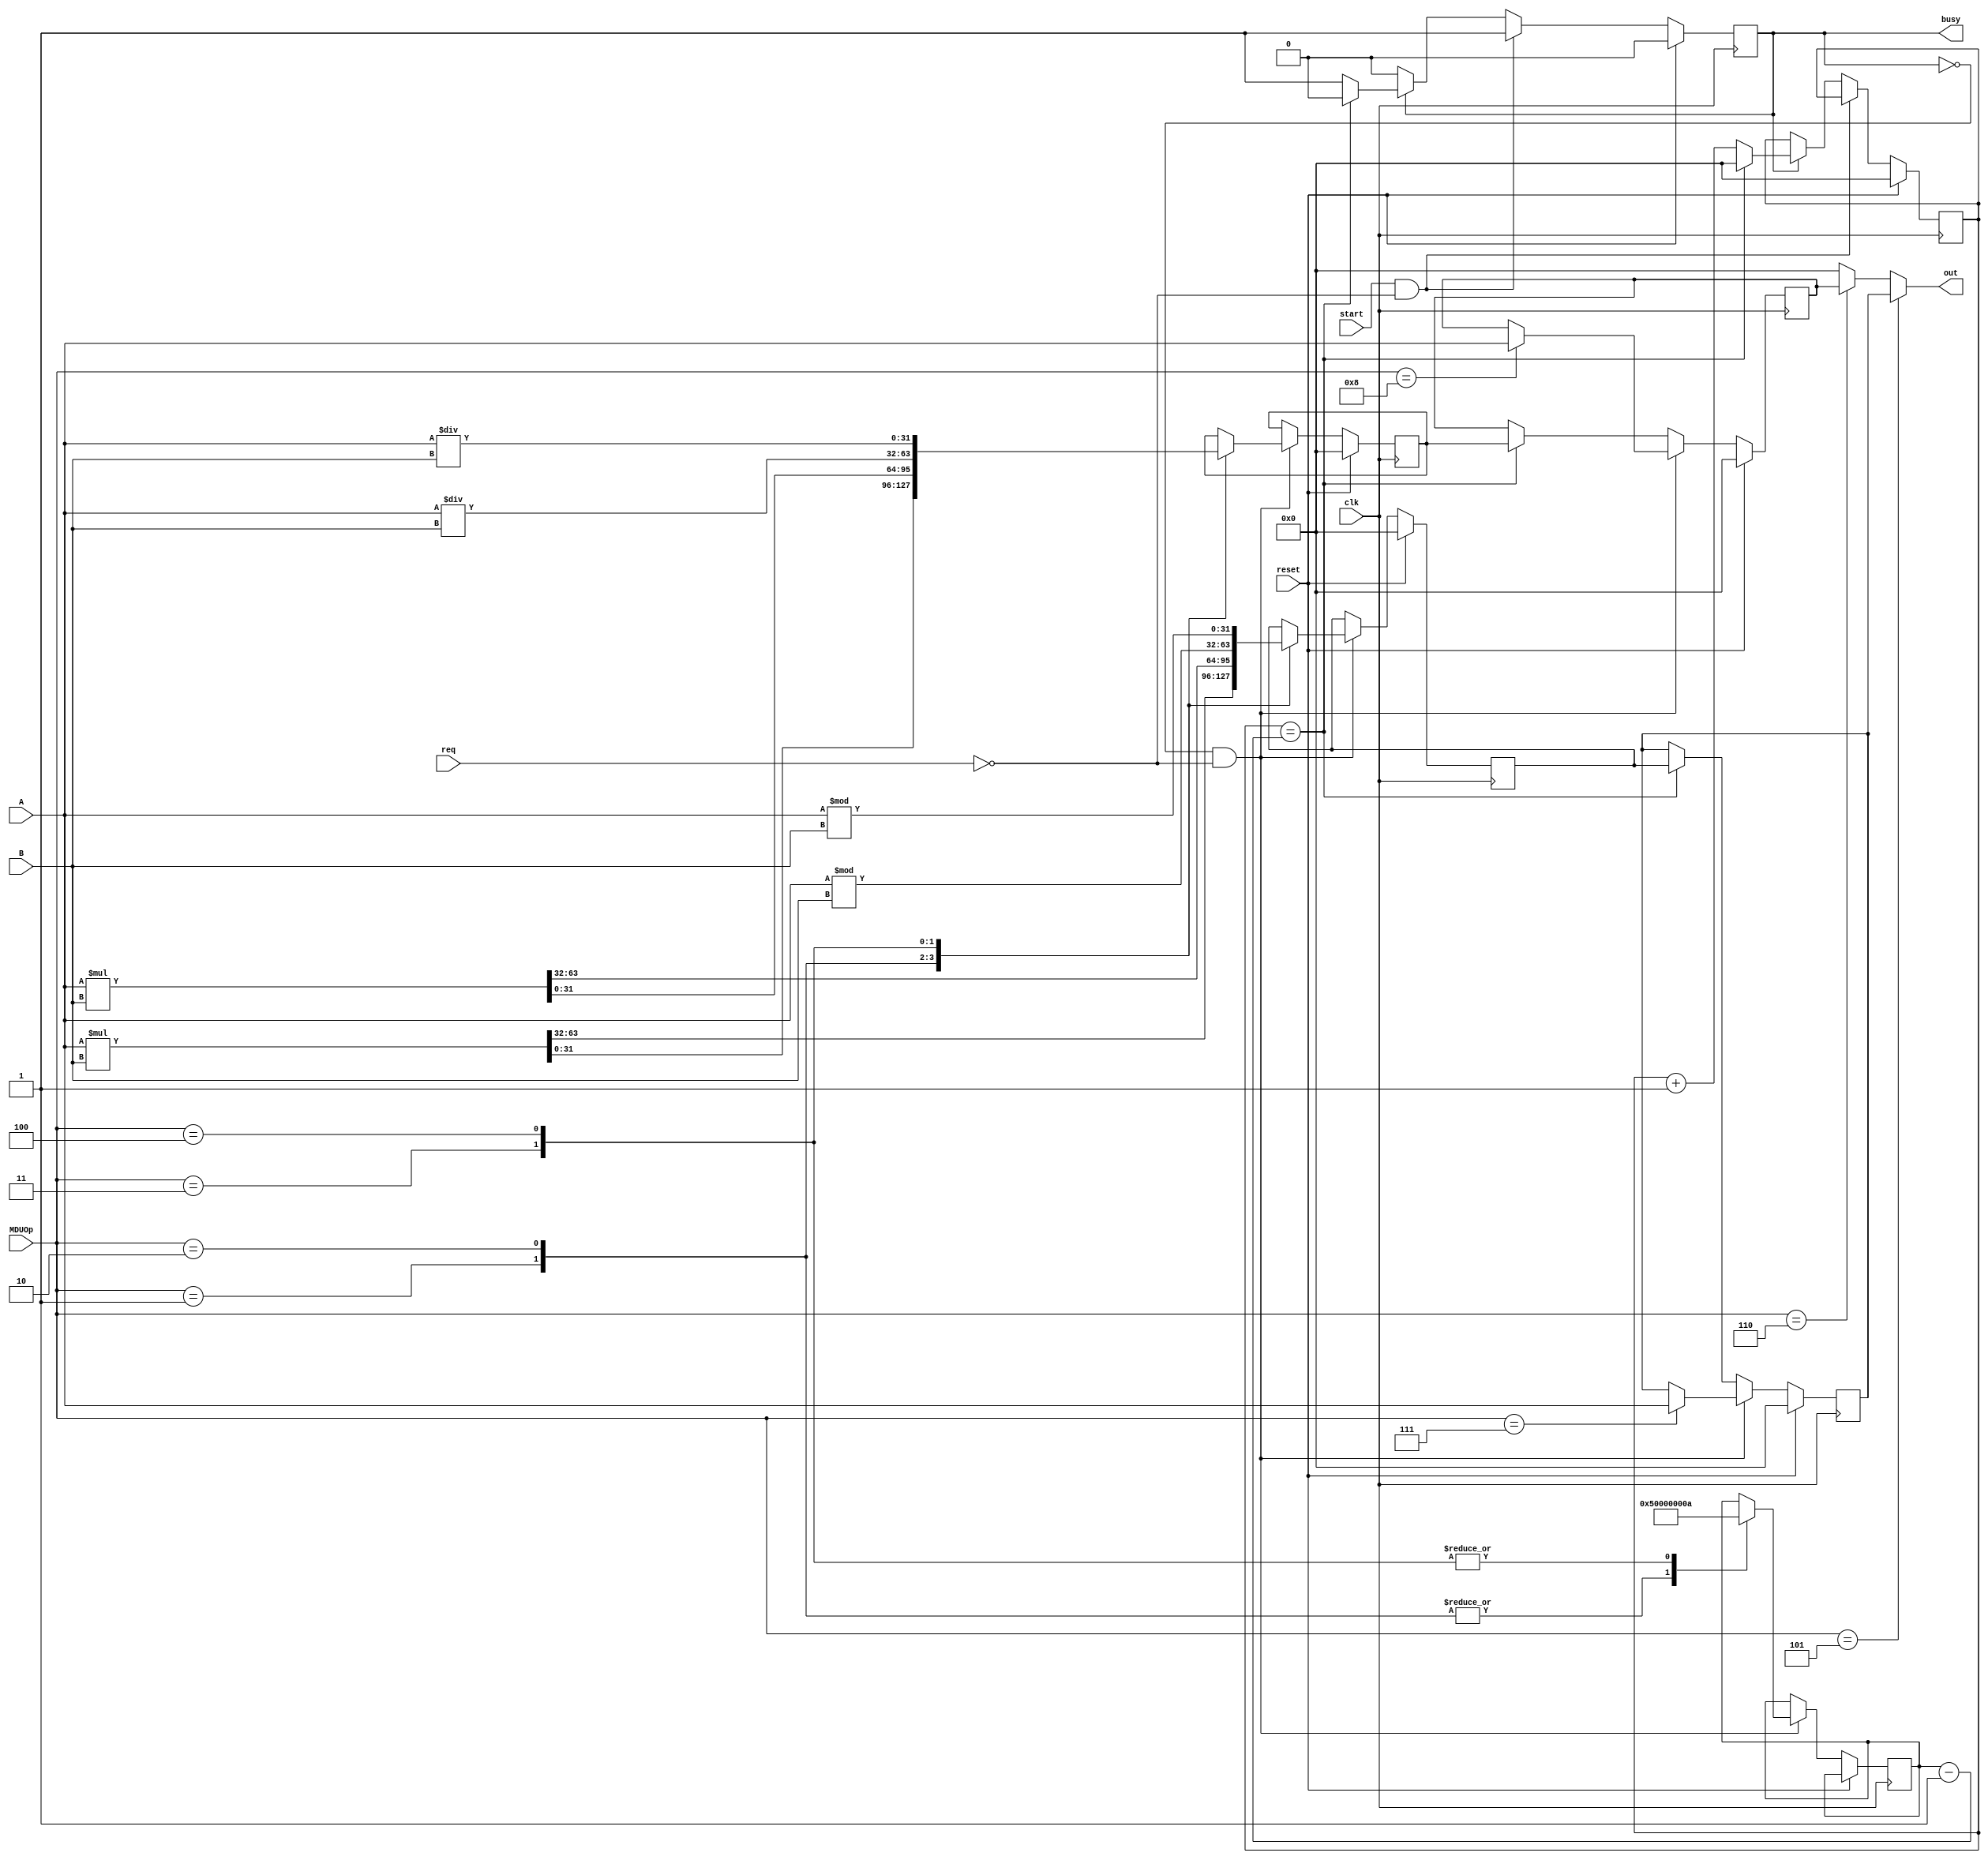
`timescale 1ns / 1ps
//////////////////////////////////////////////////////////////////////////////////
// Company: 
// Engineer: 
// 
// Design Name: 
// Module Name:    MDU 
// Project Name: 
// Target Devices: 
// Tool versions: 
// Description: 
//
// Dependencies: 
//
// Revision: 
// Revision 0.01 - File Created
// Additional Comments: 
//
//////////////////////////////////////////////////////////////////////////////////
module MDU(
input wire clk,
input wire reset,
input wire start,
input wire req,
input wire [3:0] MDUOp,
input wire [31:0] A,
input wire [31:0] B,
output wire [31:0] out,
output reg busy
    );
	 
localparam nop = 4'b0000;
localparam mult = 4'b0001;
localparam multu = 4'b0010;
localparam div = 4'b0011;
localparam divu = 4'b0100;
localparam mfhi = 4'b0101;
localparam mflo = 4'b0110;
localparam mthi = 4'b0111;
localparam mtlo = 4'b1000;

// mult is 5T
// div is 10T
// div : lo is rs div rt 
//       hi is rs mod rt
reg [31:0] HI;
reg [31:0] LO;
reg [31:0] tmpHI;
reg [31:0] tmpLO;
reg [31:0] cnt;
reg [31:0] delay; 

// counter 
always@(posedge clk)begin
	if(reset)begin
		cnt <= 32'b0;
		busy <= 1'b0;
	end
	else if(start && !req)begin   //start claculate
		busy <= 1'b1;
	end
	else if(busy) begin // continue to calculate is not influnced by req
		if(cnt == delay - 1)begin  //next T : busy = 0
			cnt <= 32'b0;
			busy <= 1'b0;
		end
		else begin
			cnt <= cnt + 1'b1;
		end
	end
end


always@(posedge clk)begin
	if(reset)begin
		tmpHI <= 32'b0;
		tmpLO <= 32'b0;
		HI <= 32'b0;
		LO <= 32'b0;
	end
	else  begin
	if (!busy && !req) begin //start calcualte 
		case(MDUOp)
		mult :
		begin
			delay <= 4'b0101; //5
			{tmpHI,tmpLO} <= $signed(A) * $signed(B); 
		end
		multu :
		begin
			delay <= 4'b0101;
			{tmpHI,tmpLO} <= $unsigned(A) * $unsigned(B);
		end
		div :
		begin
			delay <= 4'b1010; //10
			tmpLO <= $signed(A) / $signed(B);
			tmpHI <= $signed(A) % $signed(B);
		end
		divu :
		begin
			delay <= 4'b1010;
			tmpLO <= $unsigned(A) / $unsigned(B);
			tmpHI <= $unsigned(A) % $unsigned(B);
		end
		mthi : HI <= A;
		mtlo : LO <= A;
		endcase
	end
	else begin  // // continue to calculate is not influnced by req
		if(cnt == delay - 1'b1)begin  // next T : busy = 0;
			HI <= tmpHI;
			LO <= tmpLO;
		end
		else begin
			HI <= HI;
			LO <= LO;
		end
	end
	end
end

assign out = (MDUOp == mfhi)? HI :
				 (MDUOp == mflo)? LO :
				 32'b0;
endmodule